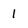
Character: 1